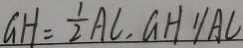
G H = \frac { 1 } { 2 } A C , G H / / A C